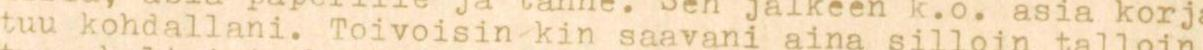
tuu kohdallani. Toivoisin kin saavani aina silloin talloin